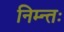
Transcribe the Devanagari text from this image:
निम्न्तः